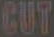
CUT